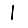
Digit: 1